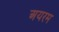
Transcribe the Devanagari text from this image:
अयरम